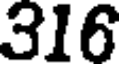
316